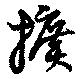
擴